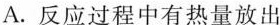
A.反应过程中有热量放出